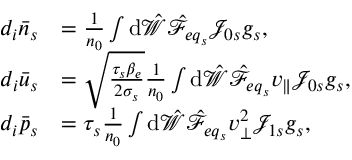
\begin{array} { r l } { d _ { i } \bar { n } _ { s } } & { = \frac { 1 } { n _ { 0 } } \int \mathrm { d } \hat { \mathcal { W } } \hat { \mathcal { F } } _ { { e q } _ { s } } \mathcal { J } _ { 0 s } g _ { s } , } \\ { d _ { i } \bar { u } _ { s } } & { = \sqrt { \frac { \tau _ { s } \beta _ { e } } { 2 \sigma _ { s } } } \frac { 1 } { n _ { 0 } } \int \mathrm { d } \hat { \mathcal { W } } \hat { \mathcal { F } } _ { { e q } _ { s } } v _ { \parallel } \mathcal { J } _ { 0 s } g _ { s } , } \\ { d _ { i } \bar { p } _ { s } } & { = \tau _ { s } \frac { 1 } { n _ { 0 } } \int \mathrm { d } \hat { \mathcal { W } } \hat { \mathcal { F } } _ { { e q } _ { s } } v _ { \perp } ^ { 2 } \mathcal { J } _ { 1 s } g _ { s } , } \end{array}